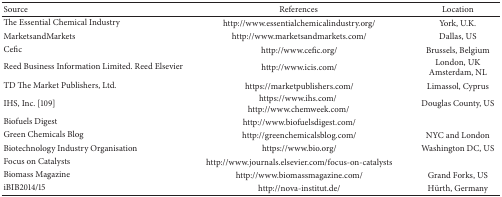
<table><thead><tr><td><b>Source</b></td><td><b>References</b></td><td><b>Location</b></td></tr></thead><tbody><tr><td>The Essential Chemical Industry</td><td> http://www.essentialchemicalindustry.org/</td><td>York, U.K.</td></tr><tr><td>MarketsandMarkets</td><td> http://www.marketsandmarkets.com/</td><td>Dallas, US</td></tr><tr><td>Cefic</td><td> http://www.cefic.org/</td><td>Brussels, Belgium</td></tr><tr><td>Reed Business Information Limited. Reed Elsevier</td><td> http://www.icis.com/</td><td>London, UKAmsterdam, NL</td></tr><tr><td>TD The Market Publishers, Ltd.</td><td> https://marketpublishers.com/</td><td>Limassol, Cyprus</td></tr><tr><td>IHS, Inc. [109]</td><td>https://www.ihs.com/ http://www.chemweek.com/</td><td>Douglas County, US</td></tr><tr><td>Biofuels Digest</td><td> http://www.biofuelsdigest.com/</td><td> </td></tr><tr><td>Green Chemicals Blog</td><td> http://greenchemicalsblog.com/</td><td>NYC and London</td></tr><tr><td>Biotechnology Industry Organisation</td><td> https://www.bio.org/</td><td>Washington DC, US</td></tr><tr><td>Focus on Catalysts</td><td> http://www.journals.elsevier.com/focus-on-catalysts</td><td> </td></tr><tr><td>Biomass Magazine</td><td> http://www.biomassmagazine.com/</td><td>Grand Forks, US</td></tr><tr><td>iBIB2014/15</td><td> http://nova-institut.de/</td><td>Hürth, Germany</td></tr></tbody></table>